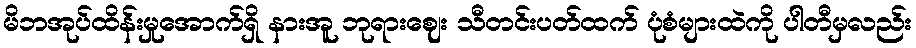
မိဘအုပ်ထိန်းမှုအောက်ရှိ နားအူ ဘုရားဈေး သီတင်းပတ်ထက် ပုံစံများထဲကို ပါတီမှလည်း